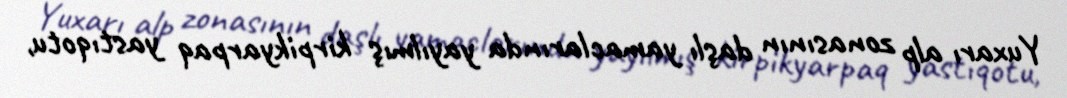
Yuxarı alp zonasının daşlı yamaclarında yayılmış kirpikyarpaq yastıqotu,